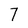
Character: 7